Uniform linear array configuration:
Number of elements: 4
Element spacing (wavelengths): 0.5
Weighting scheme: kaiser
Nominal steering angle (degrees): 0
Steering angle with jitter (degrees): -1.394
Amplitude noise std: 0.05
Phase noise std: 0.05

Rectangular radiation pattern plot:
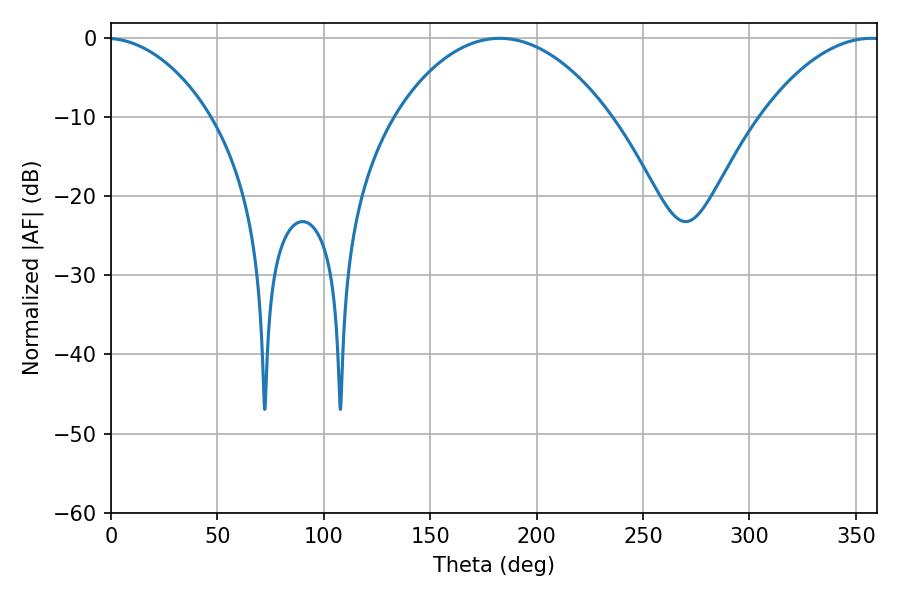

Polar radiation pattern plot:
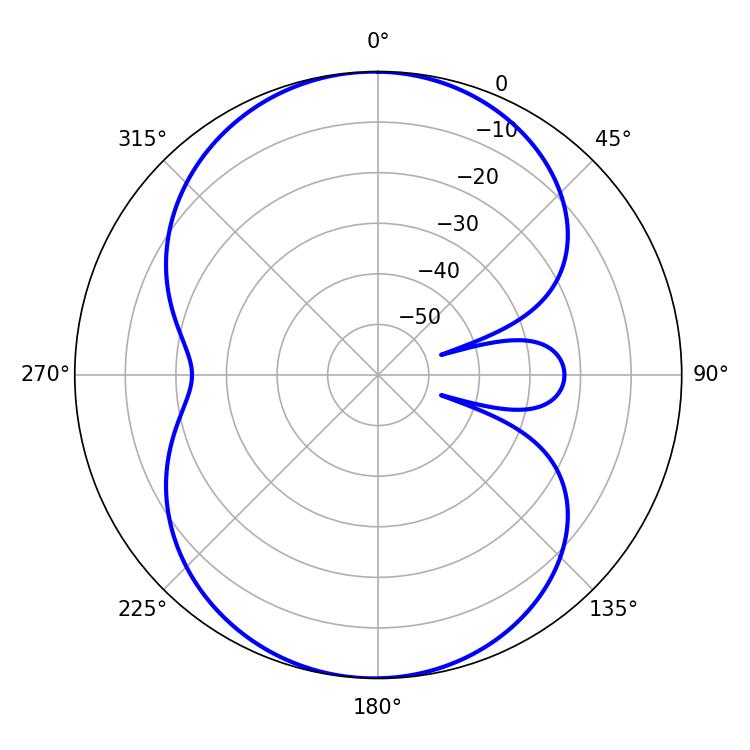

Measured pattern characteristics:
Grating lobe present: FALSE
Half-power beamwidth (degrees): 31.5
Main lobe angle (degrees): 357.3